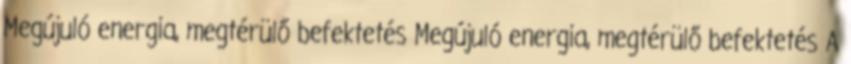
Megújuló energia, megtérülő befektetés Megújuló energia, megtérülő befektetés A